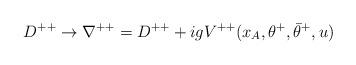
LaTeX: \begin{align*}D^{++}\rightarrow \nabla^{++}=D^{++} + igV^{++}(x_A,\theta^+,\bar\theta^+,u)\end{align*}